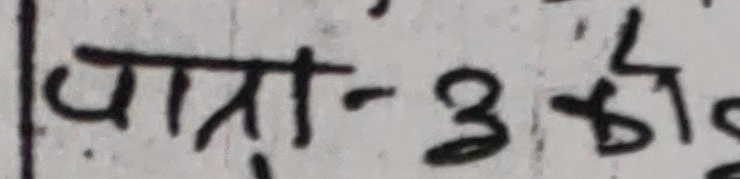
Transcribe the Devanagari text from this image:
पात्र-३ हो